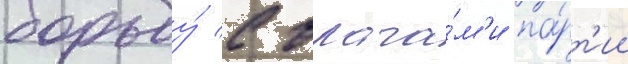
борьбу́ с врага́м'и па́рт'ии